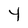
Character: 4